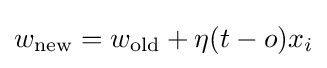
w_{\text{new}}=w_{\text{old}}+\eta (t-o)x_{i}